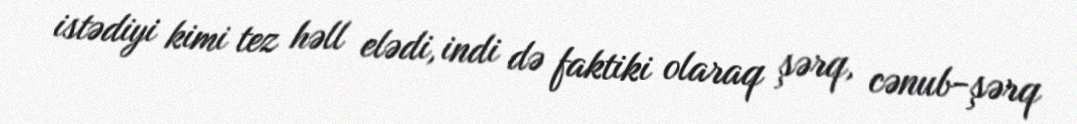
istədiyi kimi tez həll elədi, indi də faktiki olaraq şərq, cənub-şərq